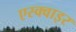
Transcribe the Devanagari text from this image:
एस्क्वाइर